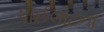
પાઈલોટના